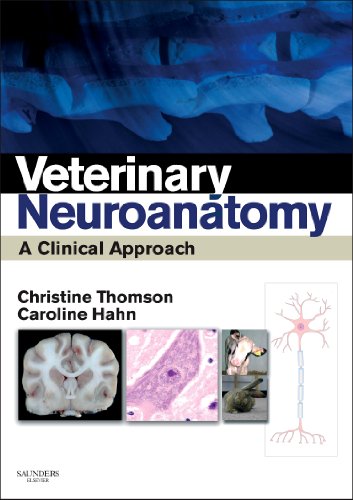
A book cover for Veterinary Neuroanatomy: A Clinical Approach, 1e; Christine E Thomson BVSc(Hons)  PhD  DipACVIM(Neurol)  DipECVN  ILTM  MRCVS; Medical Books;